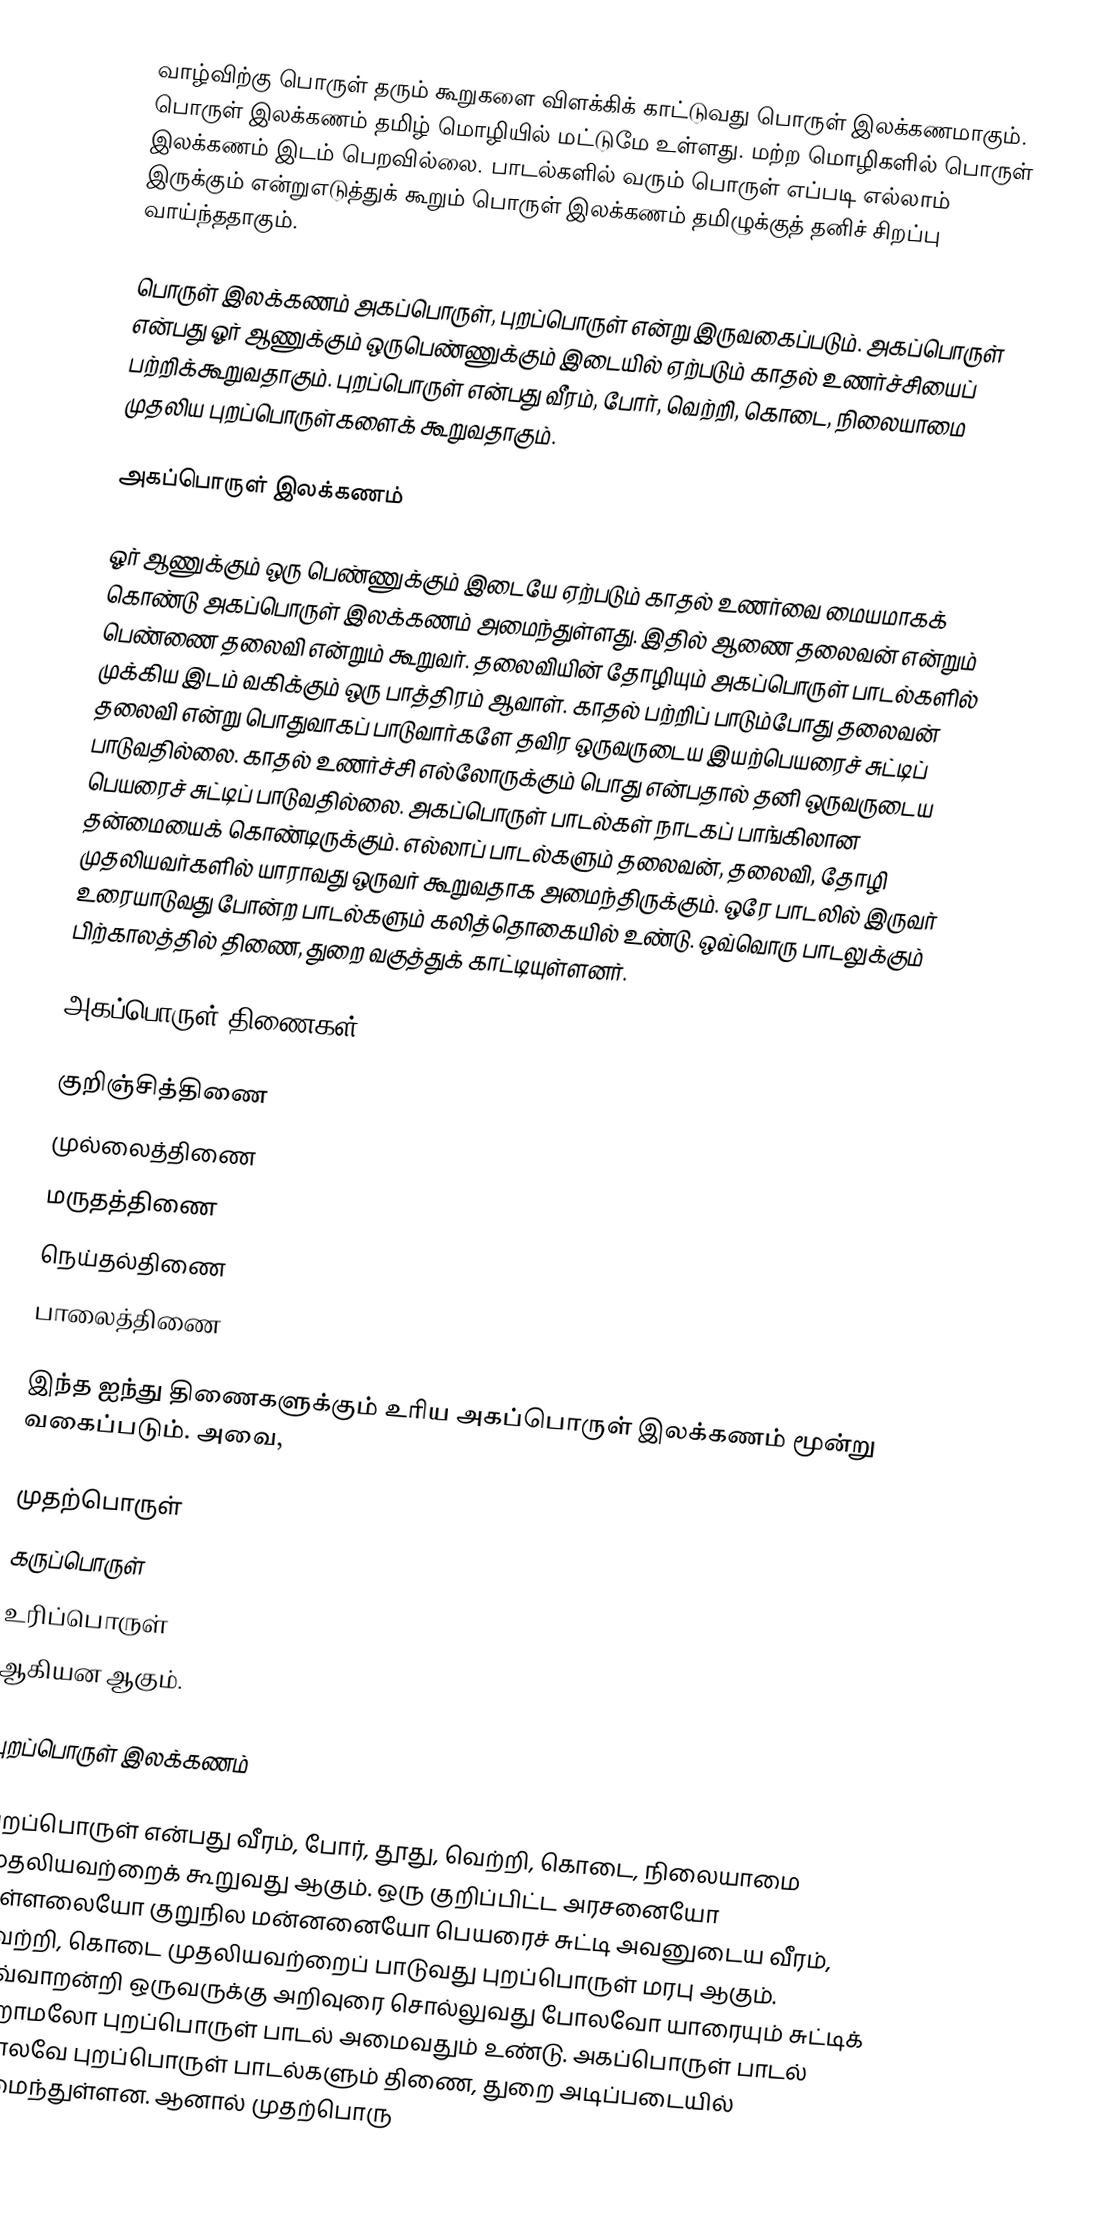
வாழ்விற்கு பொருள் தரும் கூறுகளை விளக்கிக் காட்டுவது பொருள் இலக்கணமாகும். பொருள் இலக்கணம் தமிழ் மொழியில் மட்டுமே உள்ளது. மற்ற மொழிகளில் பொருள் இலக்கணம் இடம் பெறவில்லை. பாடல்களில் வரும் பொருள் எப்படி எல்லாம் இருக்கும் என்றுஎடுத்துக் கூறும் பொருள் இலக்கணம் தமிழுக்குத் தனிச் சிறப்பு வாய்ந்ததாகும்.

பொருள் இலக்கணம் அகப்பொருள், புறப்பொருள் என்று இருவகைப்படும். அகப்பொருள் என்பது ஓர் ஆணுக்கும் ஒருபெண்ணுக்கும் இடையில் ஏற்படும் காதல் உணர்ச்சியைப் பற்றிக்கூறுவதாகும். புறப்பொருள் என்பது வீரம், போர், வெற்றி, கொடை, நிலையாமை முதலிய புறப்பொருள்களைக் கூறுவதாகும்.

அகப்பொருள் இலக்கணம்

ஓர் ஆணுக்கும் ஒரு பெண்ணுக்கும் இடையே ஏற்படும் காதல் உணர்வை மையமாகக் கொண்டு அகப்பொருள் இலக்கணம் அமைந்துள்ளது. இதில் ஆணை தலைவன் என்றும் பெண்ணை தலைவி என்றும் கூறுவர். தலைவியின் தோழியும் அகப்பொருள் பாடல்களில் முக்கிய இடம் வகிக்கும் ஒரு பாத்திரம் ஆவாள். காதல் பற்றிப் பாடும்போது தலைவன் தலைவி என்று பொதுவாகப் பாடுவார்களே தவிர ஒருவருடைய இயற்பெயரைச் சுட்டிப் பாடுவதில்லை. காதல் உணர்ச்சி எல்லோருக்கும் பொது என்பதால் தனி ஒருவருடைய பெயரைச் சுட்டிப் பாடுவதில்லை. அகப்பொருள் பாடல்கள் நாடகப் பாங்கிலான தன்மையைக் கொண்டிருக்கும். எல்லாப் பாடல்களும் தலைவன், தலைவி, தோழி முதலியவர்களில் யாராவது ஒருவர் கூறுவதாக அமைந்திருக்கும். ஒரே பாடலில் இருவர் உரையாடுவது போன்ற பாடல்களும் கலித்தொகையில் உண்டு. ஒவ்வொரு பாடலுக்கும் பிற்காலத்தில் திணை, துறை வகுத்துக் காட்டியுள்ளனர்.

அகப்பொருள் திணைகள்

 குறிஞ்சித்திணை
 முல்லைத்திணை
 மருதத்திணை
 நெய்தல்திணை
 பாலைத்திணை

இந்த ஐந்து திணைகளுக்கும் உரிய அகப்பொருள் இலக்கணம் மூன்று வகைப்படும். அவை,

 முதற்பொருள்
 கருப்பொருள்
 உரிப்பொருள்
ஆகியன ஆகும்.

புறப்பொருள் இலக்கணம்

புறப்பொருள் என்பது வீரம், போர், தூது, வெற்றி, கொடை, நிலையாமை முதலியவற்றைக் கூறுவது ஆகும். ஒரு குறிப்பிட்ட அரசனையோ வள்ளலையோ குறுநில மன்னனையோ பெயரைச் சுட்டி அவனுடைய வீரம், வெற்றி, கொடை முதலியவற்றைப் பாடுவது புறப்பொருள் மரபு ஆகும். இவ்வாறன்றி ஒருவருக்கு அறிவுரை சொல்லுவது போலவோ யாரையும் சுட்டிக் கூறாமலோ புறப்பொருள் பாடல் அமைவதும் உண்டு. அகப்பொருள் பாடல் போலவே புறப்பொருள் பாடல்களும் திணை, துறை அடிப்படையில் அமைந்துள்ளன. ஆனால் முதற்பொரு